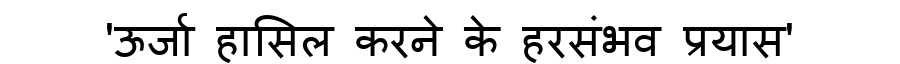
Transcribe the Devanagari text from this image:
'ऊर्जा हासिल करने के हरसंभव प्रयास'